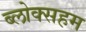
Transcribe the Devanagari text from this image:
ब्लोक्सहम